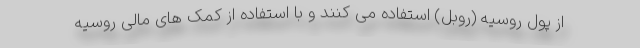
از پول روسیه (روبل) استفاده می کنند و با استفاده از کمک های مالی روسیه